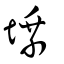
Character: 塖